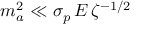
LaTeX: m _ { a } ^ { 2 } \ll \sigma _ { p } \, E \, \zeta ^ { - 1 / 2 }